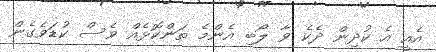
އެއީ އެ ކުދިން ދެކެ ވާ ލޯބި އެންމެ ތަންކޮޅެއް ވެސް ކުޑަވެގެން